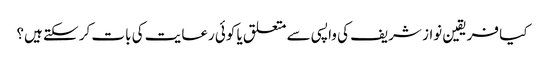
کیا فریقین نواز شریف کی واپسی سے متعلق یا کوئی رعایت کی بات کر سکتے ہیں؟